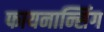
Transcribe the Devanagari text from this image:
फायनान्सिंग